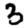
Digit: 3